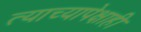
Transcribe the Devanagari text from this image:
त्याच्यापेक्षाही